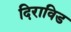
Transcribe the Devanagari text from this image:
दिराविड